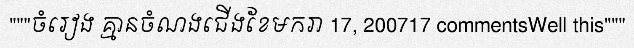
"""ចំរៀង គ្មានចំណងជើងខែមករា 17, 200717 commentsWell this"""